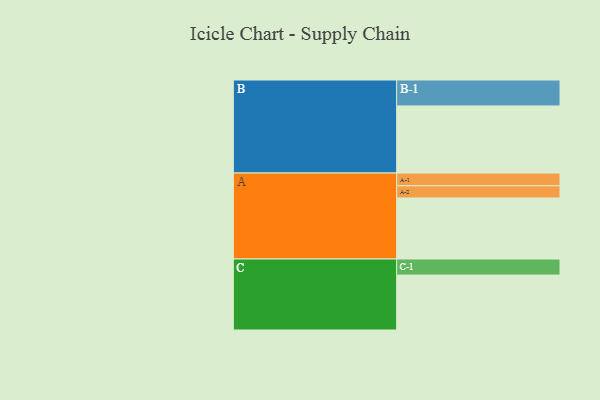
{"axis": {"x": "Segment", "y": "Value"}, "legend": ["", "A", "B", "C"], "data": [{"x": "A", "y": 440, "type": ""}, {"x": "B", "y": 484, "type": ""}, {"x": "C", "y": 396, "type": ""}, {"x": "A-1", "y": 92, "type": "A"}, {"x": "A-2", "y": 88, "type": "A"}, {"x": "B-1", "y": 187, "type": "B"}, {"x": "C-1", "y": 116, "type": "C"}]}